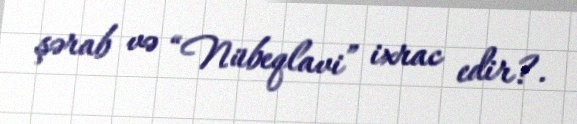
şərab və “Nübeqlavi” ixrac edir?.